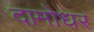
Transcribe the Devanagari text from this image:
दामोधर